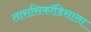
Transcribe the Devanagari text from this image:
तारासिकॉडिसाला